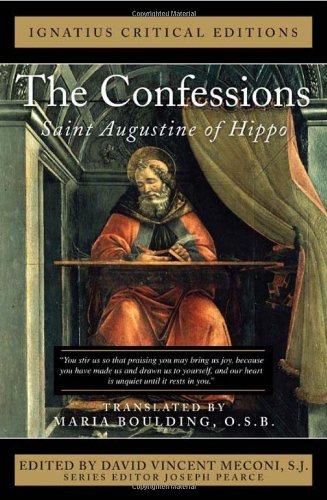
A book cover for The Confessions: Saint Augustine of Hippo (Ignatius Critical Editions); Saint Augustine; Christian Books & Bibles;